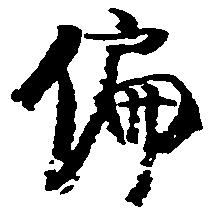
偏